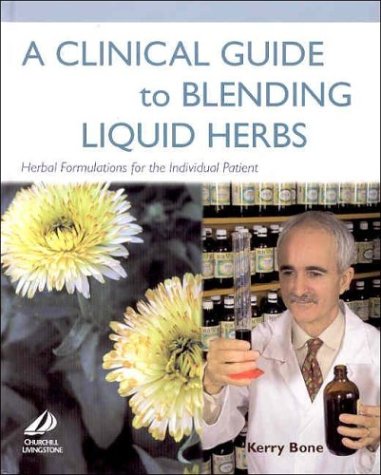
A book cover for A Clinical Guide to Blending Liquid Herbs: Herbal Formulations for the Individual Patient, 1e; Kerry Bone MCPP  FNHAA  FNIMH  DipPhyto  Bsc(Hons); Crafts, Hobbies & Home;